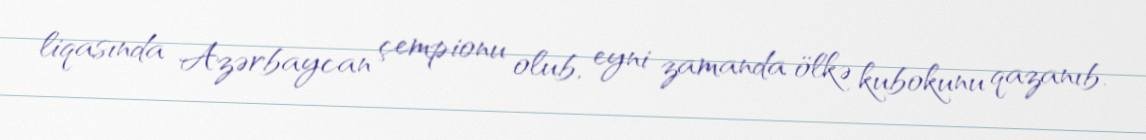
liqasında Azərbaycan çempionu olub, eyni zamanda ölkə kubokunu qazanıb.